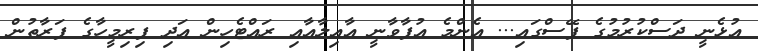
އުޅެނީ ދަސްކުރުމުގެ ފޭސްގައި... އެންމެ އުފާވާނީ އާއިލާއާއި ރައްޓެހިން އަދި ފިރިމީހާގެ ފަރާތުން